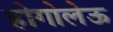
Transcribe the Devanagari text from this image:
होगोलेऊ